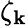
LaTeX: \zeta_{\mathbf{k}}